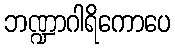
ဘဏ္ဍာဂါရိကောပေ